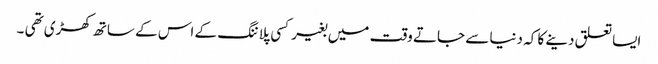
ایسا تعلق دینے کا کہ دنیا سے جاتے وقت میں بغیر کسی پلاننگ کے اس کے ساتھ کھڑی تھی ۔